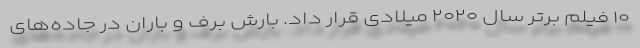
۱۰ فیلم برتر سال ۲۰۲۰ میلادی قرار داد. بارش برف و باران در جاده‌های